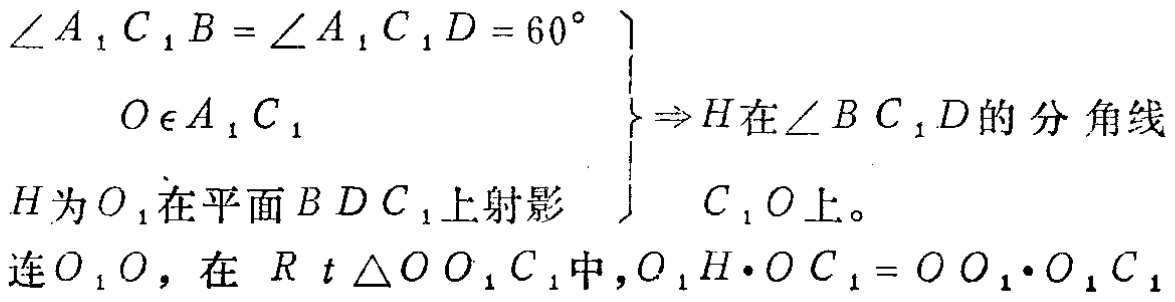
$\left.\begin{array}{c}
\angle A_{1}C_{1}B = \angle A_{1}C_{1}D = 60^{\circ}\\
O\in A_{1}C_{1}\\
H\text{为}O_{1}\text{在平面}BDC_{1}\text{上射影}
\end{array}\right\}\Rightarrow H\text{在}\angle BC_{1}D\text{的分角线}\\
C_{1}O\text{上。}\\
\text{连}O_{1}O，\text{在}Rt\triangle OO_{1}C_{1}\text{中},O_{1}H\cdot OC_{1}=OO_{1}\cdot O_{1}C_{1}$